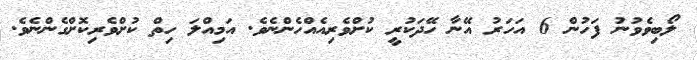
ލޯބިވެވުނު ފަހުން 6 އަހަރު އޭނާ ހޭދަކުރީ ކުށްވެރިއެއްހެންނެވެ. އަމިއްލަ ހިތް ކުށްވެރިކޮށްގެންނެވެ.